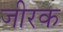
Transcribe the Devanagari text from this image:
जीरक